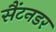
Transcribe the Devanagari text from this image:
सैंटनडर